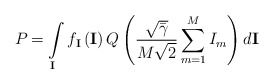
\begin{align*}{{P}_{}}=\int\limits_{\mathbf{I}}{{{f}_{\mathbf{I}}}}\left( \mathbf{I} \right)Q\left( \frac{\sqrt{{\bar{\gamma }}}}{M\sqrt{2}}\sum\limits_{m=1}^{M}{{{I}_{m}}} \right)d\mathbf{I}\end{align*}